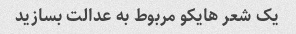
یک شعر هایکو مربوط به عدالت بسازید